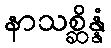
နာသစ္ဆိန္နံ